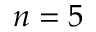
n = 5